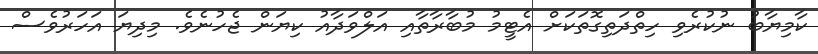
ކާމިޔާބު ނުކުރެވި ހިތްދަތިގޮތަކަށް އެޓީމު މުބާރާތާއި އަލްވަދާއު ކިޔަން ޖެހުނެވެ. މިދިޔަ އަހަރުވެސް